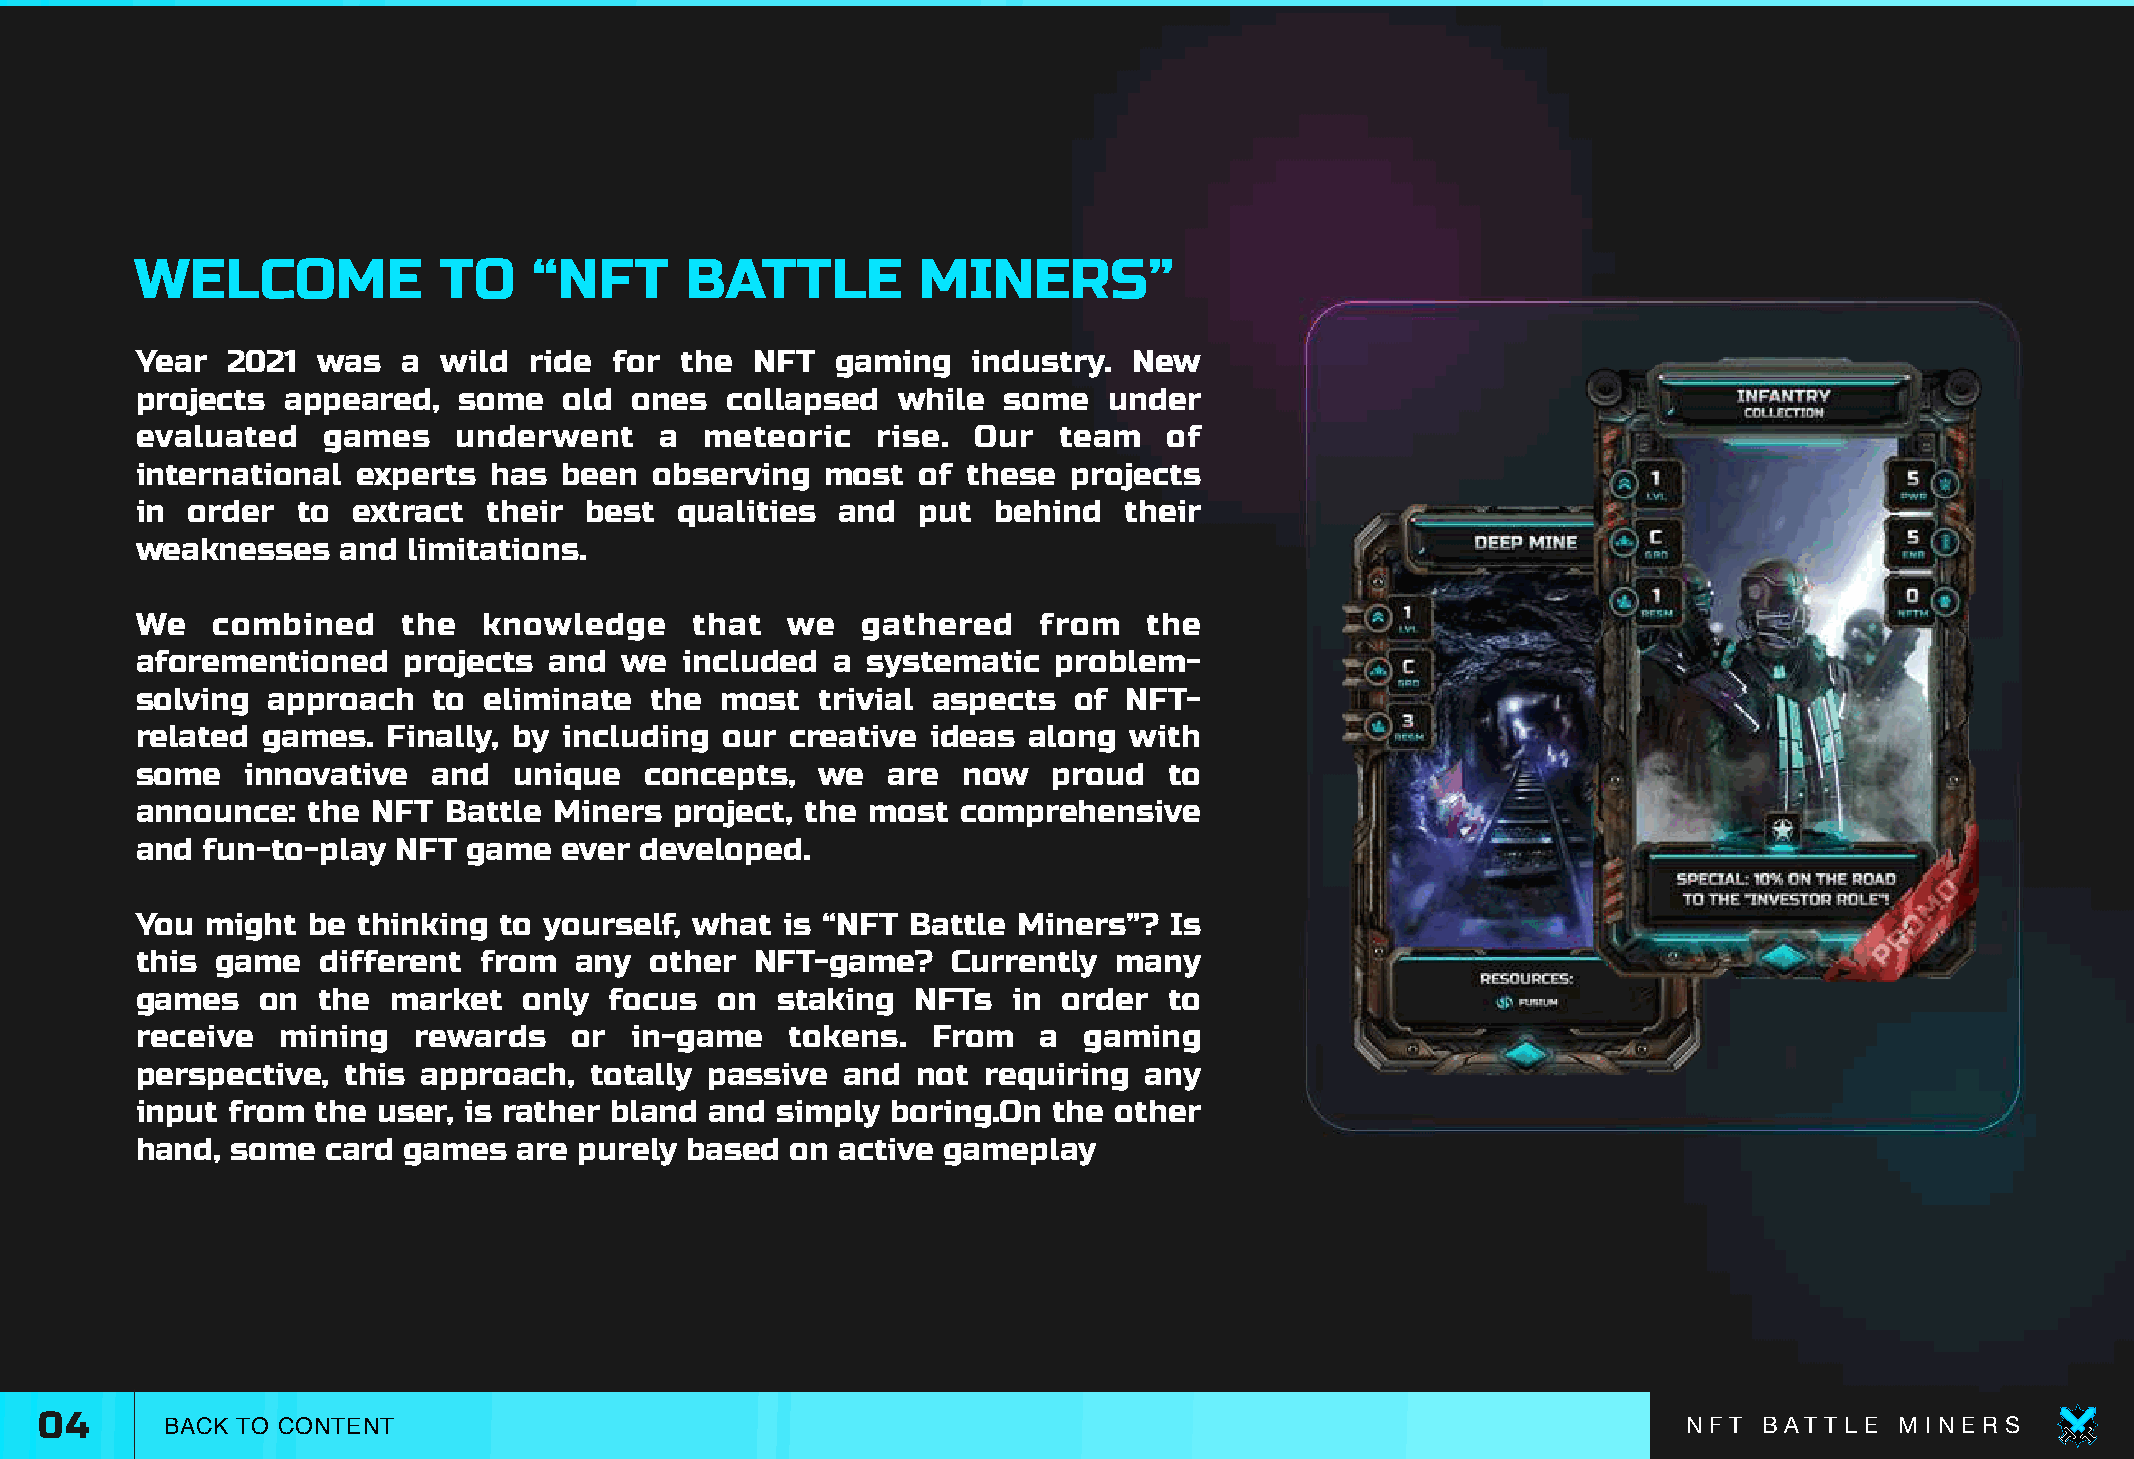
WELCOME             TO    “NFT      BATTLE          MINERS”
 Year  2021  was   a wild  ride  for the  NFT  gaming   industry.  New
 projects  appeared,  some   old  ones  collapsed  while  some   under
 evaluated   games    underwent     a  meteoric   rise. Our   team   of
 international  experts  has been  observing   most  of these  projects
 in order   to extract  their  best  qualities  and  put  behind  their
 weaknesses    and limitations.
 We   combined     the  knowledge     that  we   gathered    from   the
 aforementioned    projects and  we  included  a systematic   problem-
 solving  approach   to eliminate  the  most  trivial aspects  of  NFT-
 related games.   Finally, by including our creative  ideas along  with
 some   innovative   and  unique   concepts,  we   are  now   proud  to
 announce:  the  NFT Battle  Miners  project, the most  comprehensive
 and fun-to-play  NFT  game  ever developed.
 You  might be  thinking to yourself, what  is “NFT Battle Miners”?  Is
 this game   different  from  any  other  NFT-game?    Currently  many
 games   on  the  market   only focus   on staking   NFTs  in order  to
 receive  mining   rewards    or  in-game   tokens.   From   a  gaming
 perspective,  this approach,  totally passive  and  not requiring  any
 input from  the user, is rather bland and simply  boring.On  the other
 hand, some   card games  are purely based  on  active gameplay
 04      BACK TO CONTENT                                                                                      N F T B AT T L E M I N E R S